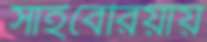
সাইবেরিয়ায়